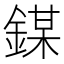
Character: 𨪀